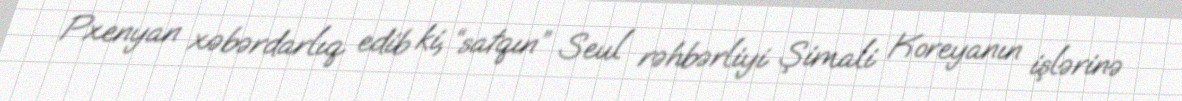
Pxenyan xəbərdarlıq edib ki, “satqın” Seul rəhbərliyi Şimali Koreyanın işlərinə